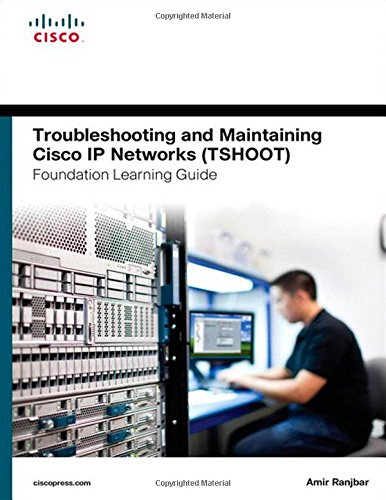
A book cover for Troubleshooting and Maintaining Cisco IP Networks (TSHOOT) Foundation Learning Guide: (CCNP TSHOOT 300-135) (Foundation Learning Guides); Amir Ranjbar; Computers & Technology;